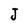
Character: J